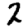
Digit: 2